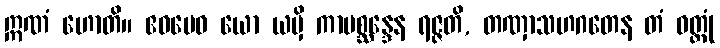
ဣဏံ ဟောတိ။ ဧဝမေဝ ယော ယမှိ ကာမစ္ဆန္ဒေန ရဇ္ဇတိ, တဏှာသဟဂတေန တံ ဝတ္ထုံ